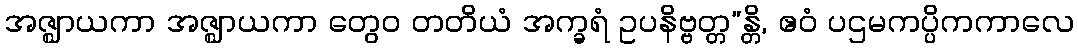
အဇ္ဈာယကာ အဇ္ဈာယကာ တွေဝ တတိယံ အက္ခရံ ဥပနိဗ္ဗတ္တ”န္တိ, ဧဝံ ပဌမကပ္ပိကကာလေ